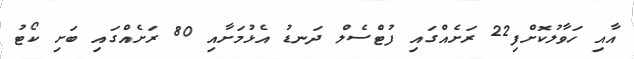
އާއި ހަވާލުކޮށްފި22 ރަށެއްގައި ފުޓްެސެލް ދަނޑު އެޅުމަށާއި 80 ރަށެއްގައި ބަށި ކޯޓު